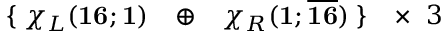
\begin{array} { l c c c r } { { \{ \; \chi _ { L } ( { \bf 1 6 } ; { \bf 1 } ) } } & { { \oplus } } & { { \chi _ { R } ( { \bf 1 } ; \overline { { { { \bf 1 6 } } } } ) \; \} } } & { { \times \; \; 3 } } \end{array}